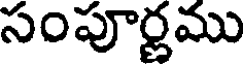
సంపూర్ణము